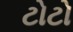
ટોટો